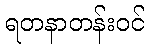
ရတနာတန်းဝင်